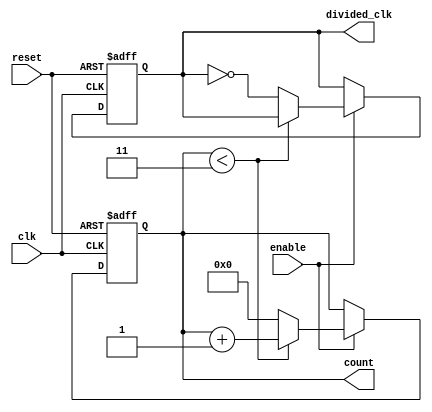
module frequency_divider_counter #(
    parameter DIV_FACTOR = 4  // Default division factor
)(
    input wire clk,            // Input clock signal
    input wire reset,          // Asynchronous reset signal
    input wire enable,         // Enable signal for counting
    output reg divided_clk,     // Output divided clock signal
    output reg [31:0] count    // Current count value
);

    // Internal register to hold the next count value
    reg [31:0] next_count;

    // Asynchronous reset and counting logic
    always @(posedge clk or posedge reset) begin
        if (reset) begin
            count <= 32'b0;        // Reset count to zero
            divided_clk <= 1'b0;    // Reset divided clock
        end else if (enable) begin
            // Increment the count if enabled
            if (count < (DIV_FACTOR - 1)) begin
                count <= count + 1;
            end else begin
                count <= 32'b0;      // Reset count when DIV_FACTOR is reached
                divided_clk <= ~divided_clk; // Toggle divided clock
            end
        end
    end

    // Initialize divided_clk to 0
    initial begin
        divided_clk = 1'b0;
        count = 32'b0;
    end

endmodule